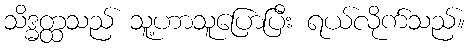
သိဒ္ဓတ္ထသည် သူ့ဟာသူပြောပြီး ရယ်လိုက်သည်။